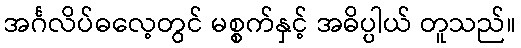
အင်္ဂလိပ်ဓလေ့တွင် မစ္စက်နှင့် အဓိပ္ပါယ် တူသည်။